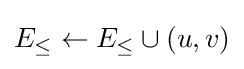
E_{\leq }\gets E_{\leq }\cup {(u,v)}